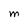
Character: M